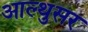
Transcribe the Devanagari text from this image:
आल्थुसर